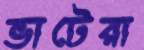
ভাটেরা